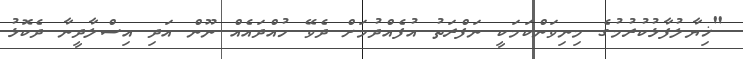
"ޚިޔާލުފާޅުކުރުމުގެ މިނިވަންކަމަކީ ނަފްރަތު އުފެއްދުމަށް ދެވޭ ހުއްދައެއް ނޫން އަދި އިސްލާދީނާ ދެކޮޅު